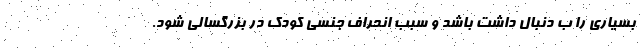
بسیاری را ب دنبال داشت باشد و سبب انحراف جنسی کودک در بزرگسالی شود.